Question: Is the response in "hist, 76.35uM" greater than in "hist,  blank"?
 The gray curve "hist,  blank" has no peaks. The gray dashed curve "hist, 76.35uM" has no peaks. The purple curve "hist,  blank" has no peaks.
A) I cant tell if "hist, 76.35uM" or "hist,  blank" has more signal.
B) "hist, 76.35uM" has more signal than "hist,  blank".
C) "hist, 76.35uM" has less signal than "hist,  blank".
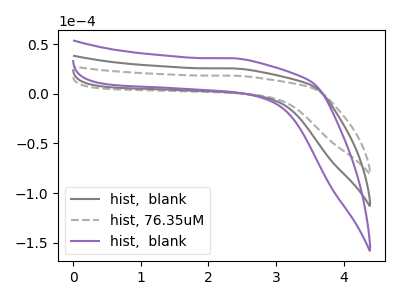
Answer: <think>Neither "hist, 76.35uM" or "hist,  blank" have any peaks.
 </think>
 <answer>A) I cant tell if "hist, 76.35uM" or "hist,  blank" has more signal.</answer>
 <eval>A</eval>